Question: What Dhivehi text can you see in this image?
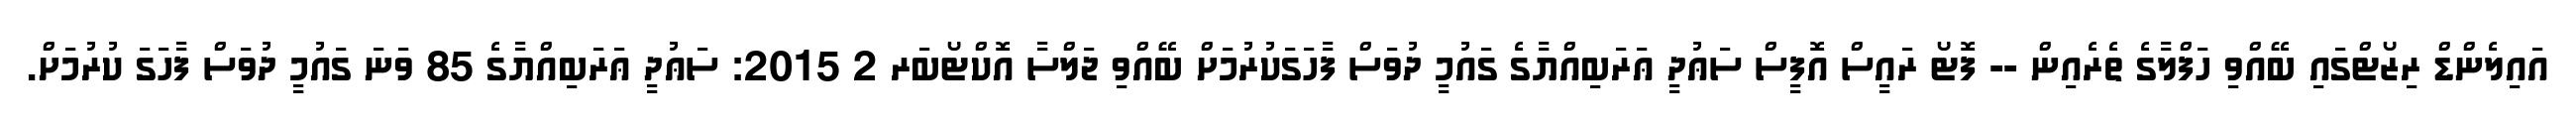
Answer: އައިލެންޑް ރިޒޯޓްގައި ބޭއްވި ހަފްލާގެ ތެރެއިން -- ފޮޓޯ ރައީސް އޮފީސް ސަޢުދީ ޢަރަބިއްޔާގެ ގައުމީ ދުވަސް ފާހަގަކުރުމަށް ބޭއްވި ޖަލްސާ އޮކްޓޯބަރ 2 2015: ސަޢުދީ ޢަރަބިއްޔާގެ 85 ވަނަ ގައުމީ ދުވަސް ފާހަގަ ކުރުމަށް.